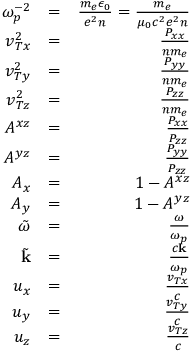
\begin{array} { r l r } { \omega _ { p } ^ { - 2 } } & { = } & { { \frac { m _ { e } \epsilon _ { 0 } } { e ^ { 2 } n } } = { \frac { m _ { e } } { \mu _ { 0 } c ^ { 2 } e ^ { 2 } n } } } \\ { v _ { T x } ^ { 2 } } & { = } & { { \frac { P _ { x x } } { n m _ { e } } } } \\ { v _ { T y } ^ { 2 } } & { = } & { { \frac { P _ { y y } } { n m _ { e } } } } \\ { v _ { T z } ^ { 2 } } & { = } & { { \frac { P _ { z z } } { n m _ { e } } } } \\ { A ^ { x z } } & { = } & { \frac { P _ { x x } } { P _ { z z } } } \\ { A ^ { y z } } & { = } & { \frac { P _ { y y } } { P _ { z z } } } \\ { A _ { x } } & { = } & { 1 - A ^ { x z } } \\ { A _ { y } } & { = } & { 1 - A ^ { y z } } \\ { \tilde { \omega } } & { = } & { \frac { \omega } { \omega _ { p } } } \\ { \tilde { \mathbf k } } & { = } & { \frac { c \mathbf k } { \omega _ { p } } } \\ { u _ { x } } & { = } & { \frac { v _ { T x } } { c } } \\ { u _ { y } } & { = } & { \frac { v _ { T y } } { c } } \\ { u _ { z } } & { = } & { \frac { v _ { T z } } { c } } \end{array}